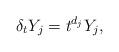
LaTeX: \begin{align*} {\delta }_t Y_j =t^{d_j} Y_j ,\end{align*}